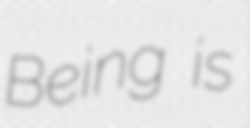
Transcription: Being is